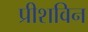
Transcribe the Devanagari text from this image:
प्रीशविन